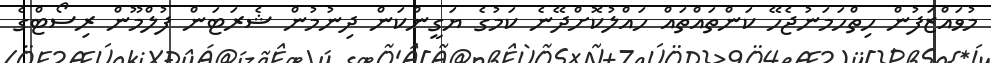
މުވައްޒަފުން ހިތްހަމަނުޖެހޭ ކަންތައްތައް ހައްލުކޮށްދޭނެ ކަމުގެ ޔަގީންކަން ދިނުމުން ޝެރަޓަން ފުލްމޫން ރިސޯޓްގެ